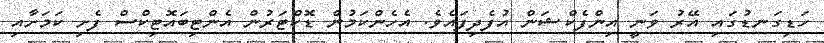
ހަޑިގަނޑުގައި އޭރު ވަނީ އިންފެކްޝަން އުފެދިފައެވެ. އެހެންކަމުން ޑޮކްޓަރުން އެންޓިބައޮޓިކްސް ފެށި ކަަމަށާއި